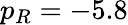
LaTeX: p_{R}=-5.8